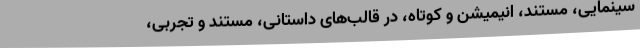
سينمايی، مستند، انيميشن و کوتاه، در قالب‌های داستانی، مستند و تجربی،